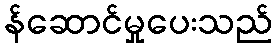
န်ဆောင်မှုပေးသည်